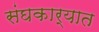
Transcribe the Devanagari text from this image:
संघकार्यात